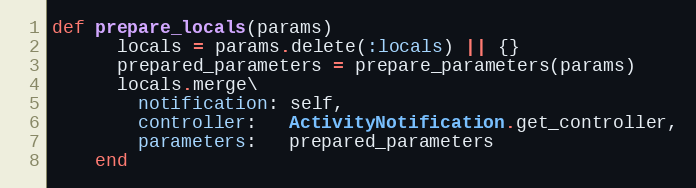
Language: Ruby
def prepare_locals(params)
      locals = params.delete(:locals) || {}
      prepared_parameters = prepare_parameters(params)
      locals.merge\
        notification: self,
        controller:   ActivityNotification.get_controller,
        parameters:   prepared_parameters
    end